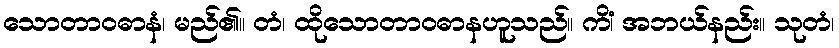
သောတာဝဓာနံ၊ မည်၏။ တံ၊ ထိုသောတာဝဓာနဟူသည်။ ကိံ၊ အဘယ်နည်း။ သုတံ၊